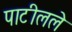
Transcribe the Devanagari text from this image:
पाटीलले